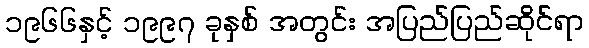
၁၉၆၆နှင့် ၁၉၉၇ ခုနှစ် အတွင်း အပြည်ပြည်ဆိုင်ရာ